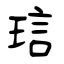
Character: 琂